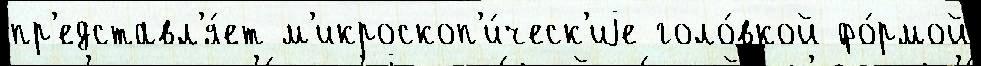
пр'едставл'я́ет м'икроскоп'и́ческ'иjе голо́вкой фо́рмой